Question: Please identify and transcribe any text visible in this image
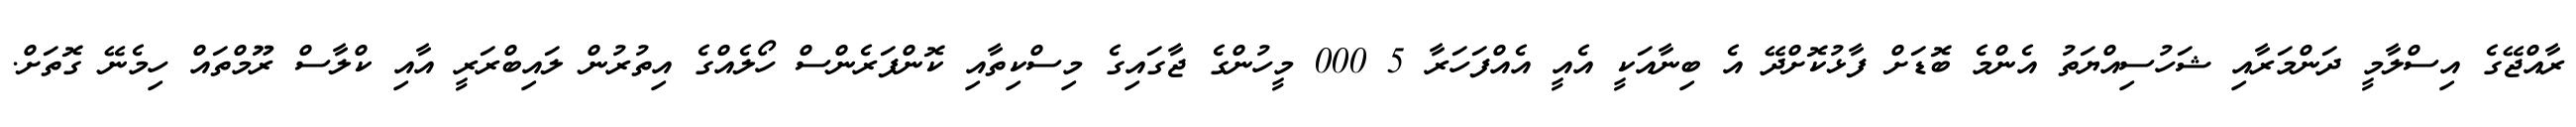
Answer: ރާއްޖޭގެ އިސްލާމީ ދަންމަރާއި ޝަހުސިއްޔަތު އެންމެ ބޮޑަށް ފާޅުކޮށްދޭ އެ ބިނާއަކީ އެއީ އެއްފަހަރާ 5 000 މީހުންގެ ޖާގައިގެ މިސްކިތާއި ކޮންފަރެންސް ހޯލެއްގެ އިތުރުން ލައިބްރަރީ އާއި ކްލާސް ރޫމްތައް ހިމެނޭ ގޮތަށް.